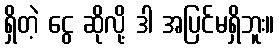
ရှိတဲ့ ငွေ ဆိုလို့ ဒါ အပြင်မရှိဘူး။